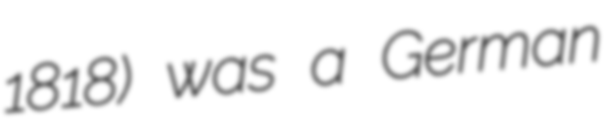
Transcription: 1818) was a German